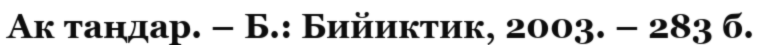
Ак таңдар. – Б.: Бийиктик, 2003. – 283 б.